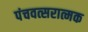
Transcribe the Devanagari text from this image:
पंचवत्सरात्मक